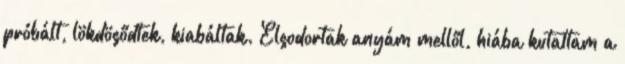
próbált, lökdösődtek, kiabáltak. Elsodortak anyám mellől, hiába kutattam a